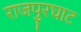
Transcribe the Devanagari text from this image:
राजपुरघाट